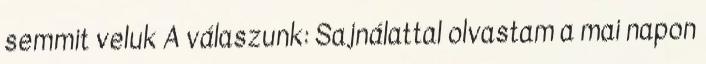
semmit veluk A válaszunk: Sajnálattal olvastam a mai napon